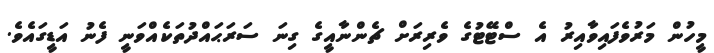
މީހުން މަރުވެފައިވާއިރު އެ ސްޓޭޓުގެ ވެރިރަށް ޗެންނާއީގެ ގިނަ ސަރަޙައްދުތަކެއްވަނީ ފެނު އަޑީގައެވެ.